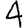
Digit: 4